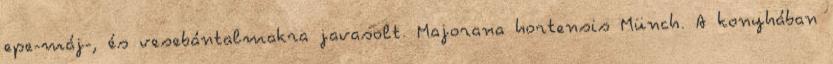
epe-máj-, és vesebántalmakra javasolt. Majorana hortensis Münch. A konyhában